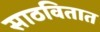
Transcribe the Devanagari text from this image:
साठवितात